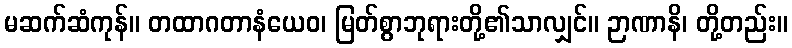
မဆက်ဆံကုန်။ တထာဂတာနံယေဝ၊ မြတ်စွာဘုရားတို့၏သာလျှင်။ ဉာဏာနိ၊ တို့တည်း။